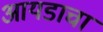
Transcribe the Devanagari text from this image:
आयडाचा